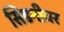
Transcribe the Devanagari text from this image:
सिडनीवर